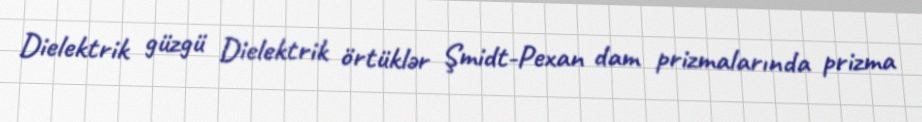
Dielektrik güzgü Dielektrik örtüklər Şmidt-Pexan dam prizmalarında prizma